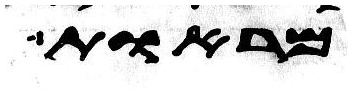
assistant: מראות